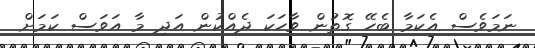
ނަމަވެސް އެކަމާ ބެހޭ ގޮތުން ވާހަކަ ދެއްކުން އަދި މާ އަވަސް ކަމަށް